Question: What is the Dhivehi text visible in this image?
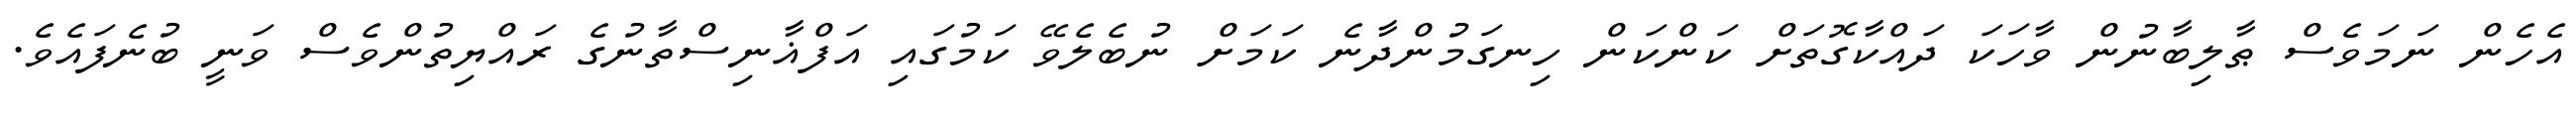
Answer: އެހެން ނަމަވެސް ޠާލިބާނުން ވާހަކަ ދައްކާގޮތަށް ކަންކަން ހިނގަމުންދާނެ ކަމަށް ނުބެލެވޭ ކަމުގައި އަފްޣާނިސްތާނުގެ ރައްޔިތުންވެސް ވަނީ ބުނެފައެވެ.